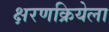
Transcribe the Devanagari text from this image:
क्षरणक्रियेला